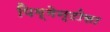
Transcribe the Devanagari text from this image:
पिग्मेन्टोसा